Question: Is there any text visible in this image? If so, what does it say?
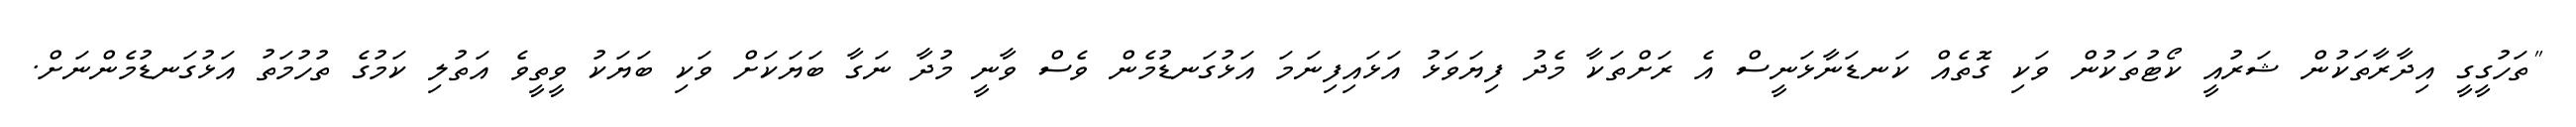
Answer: "ތަހުގީގީ އިދާރާތަކުން ޝަރުއީ ކޯޓުތަކުން ވަކި ގޮތެއް ކަނޑަނާޅަނީސް އެ ރަށްތަކާ މެދު ފިޔަވަޅު އަޅައިފިނަމަ އަޅުގަނޑުމެން ވެސް ވާނީ މުދާ ނަގާ ބަޔަކަށް ވަކި ބަޔަކު ވީތީވެ އަތުލި ކަމުގެ ތުހުމަތު އަޅުގަނޑުމެންނަށް.